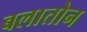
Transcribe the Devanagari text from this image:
बलातोन